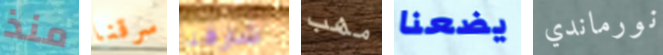
منذ سرقنا شارفنا مهب يضعنا نورماندي